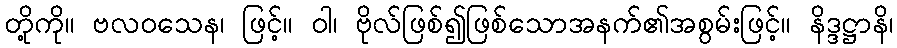
တို့ကို။ ဗလဝသေန၊ ဖြင့်။ ဝါ၊ ဗိုလ်ဖြစ်၍ဖြစ်သောအနက်၏အစွမ်းဖြင့်။ နိဒ္ဒဋ္ဌာနိ၊